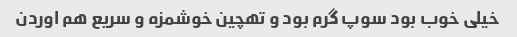
خیلی خوب بود سوپ گرم بود و تهچین خوشمزه و سریع هم اوردن